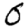
Digit: 0